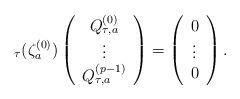
LaTeX: \begin{align*}_{\tau }(\zeta _{a}^{(0)})\left( \begin{array}{c}Q_{\tau ,a}^{(0)} \\ \vdots \\ Q_{\tau ,a}^{(p-1)}\end{array}\right) =\left( \begin{array}{c}0 \\ \vdots \\ 0\end{array}\right) . \end{align*}